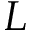
L